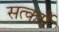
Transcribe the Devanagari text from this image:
सत्कर्मे